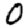
Digit: 0